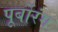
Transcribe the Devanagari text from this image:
पूर्बोरंग